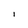
Character: l